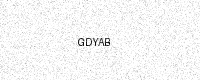
Text: GDYAB